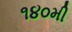
૧૪૦મી